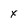
Character: x